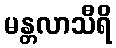
မန္တလာသီရိ